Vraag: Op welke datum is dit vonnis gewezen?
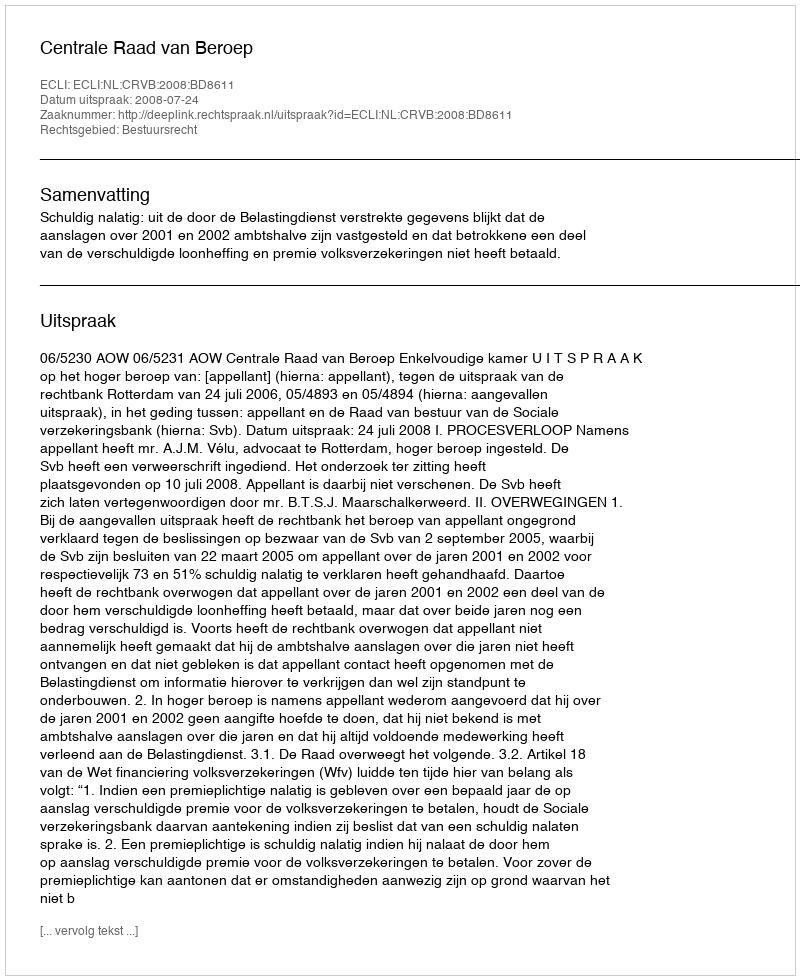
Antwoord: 2008-07-24